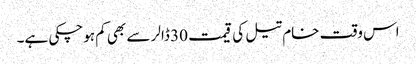
اس وقت خام تیل کی قیمت 30 ڈالر سے بھی کم ہوچکی ہے۔